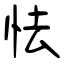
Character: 怯